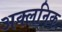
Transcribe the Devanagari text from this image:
अक्लनिक